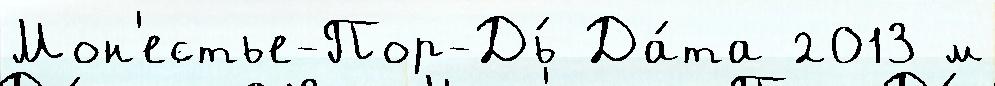
Мон'естье-Пор-Дь́ Да́та 2013 м